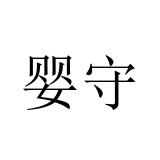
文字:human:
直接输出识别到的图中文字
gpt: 婴守